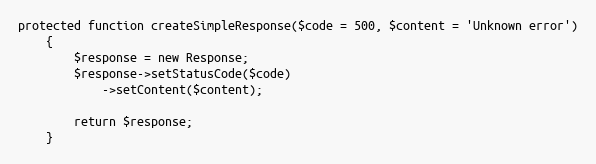
Language: PHP
protected function createSimpleResponse($code = 500, $content = 'Unknown error')
    {
        $response = new Response;
        $response->setStatusCode($code)
            ->setContent($content);

        return $response;
    }